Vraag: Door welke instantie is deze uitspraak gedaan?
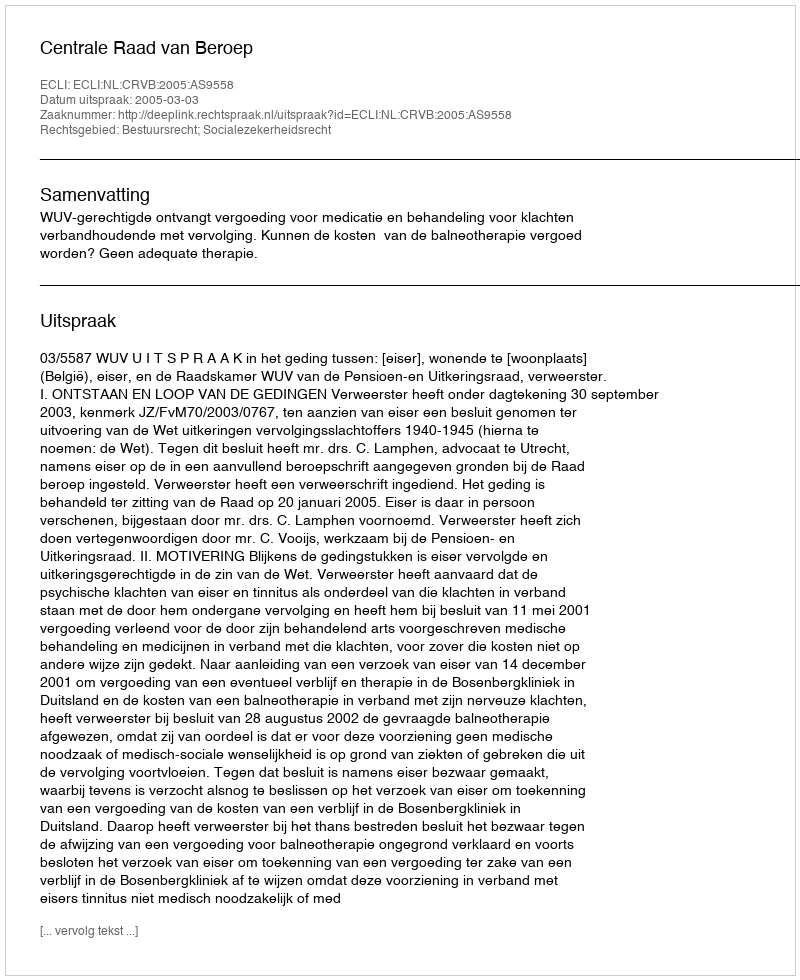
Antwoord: Centrale Raad van Beroep